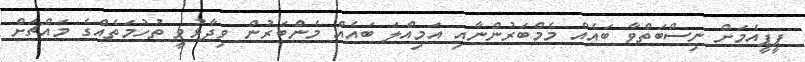
ޕީޕީއެމަށް ނިސްބަތްވާ ބައެއް މެމްބަރުންނާއި އަމިއްލަ ބައެއް މެންބަރުން ވިދާޅުވީ ތުހުމަތެއްގެ މައްޗަށް